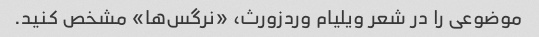
موضوعی را در شعر ویلیام وردزورث، «نرگس‌ها» مشخص کنید.